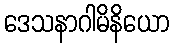
ဒေသနာဂါမိနိယော